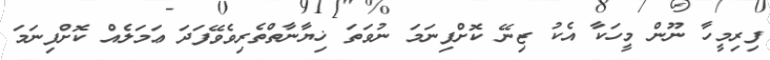
ފިރިމީހާ ނޫން މީހަކާ އެކު ޒިނޭ ކޮށްފިނަމަ ނުވަތަ ޚިޔާނާތްތެރިވެވޭފަދަ ޢަމަލެއް ކޮށްފިނަމަ